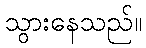
သွားနေသည်။